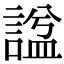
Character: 諡